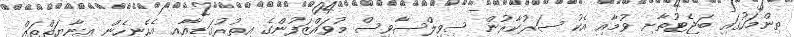
ތިންމަހުގައި ބަޖެޓުތާށި ވުމާއި އެކު ސަރުކާރުން ސިވިލްސާވިސް މުވައްޒަފުންގެ އިތުރުގަޑިއާއި އެހެނިހެން އިނާޔަތްތައް